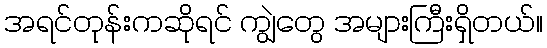
အရင်တုန်းကဆိုရင် ကျွဲတွေ အများကြီးရှိတယ်။